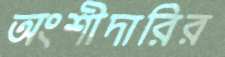
অংশীদারির